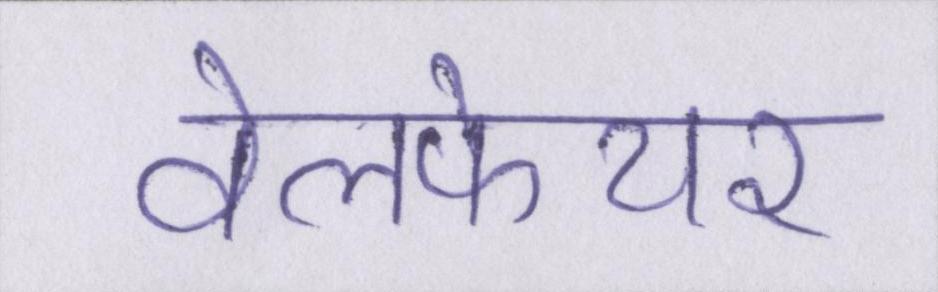
वेलफेयर